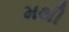
મથી